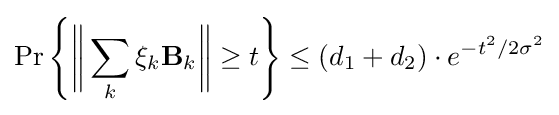
\Pr \left\{{\bigg \Vert }\sum _{k}\xi _{k}\mathbf {B} _{k}{\bigg \Vert }\geq t\right\}\leq (d_{1}+d_{2})\cdot e^{-t^{2}/2\sigma ^{2}}